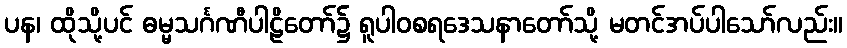
ပန၊ ထိုသို့ပင် ဓမ္မသင်္ဂဏီပါဠိတော်၌ ရူပါဝစရဒေသနာတော်သို့ မတင်အပ်ပါသော်လည်း။